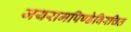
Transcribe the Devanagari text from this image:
जयरामपिण्डेविरचित